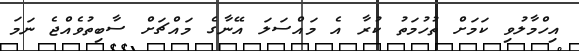
އިހްމާލުވި ކަމަށް ތުހުމަތު ކުރާ އެ މައްސަލަ އޭނާގެ މައްޗަށް ސާބިތުވެއްޖެ ނަމަ